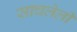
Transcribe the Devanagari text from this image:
साचलेली